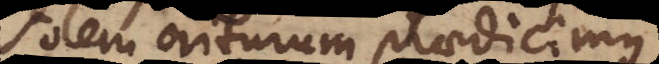
solem oriturum praedicimus,